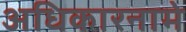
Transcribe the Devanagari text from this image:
अधिकारनामे